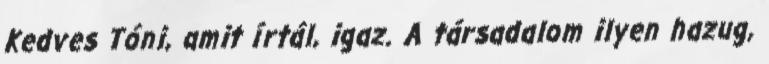
Kedves Tóni, amit írtál, igaz. A társadalom ilyen hazug,